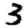
Digit: 3